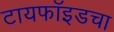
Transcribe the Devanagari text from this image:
टायफॉइडचा